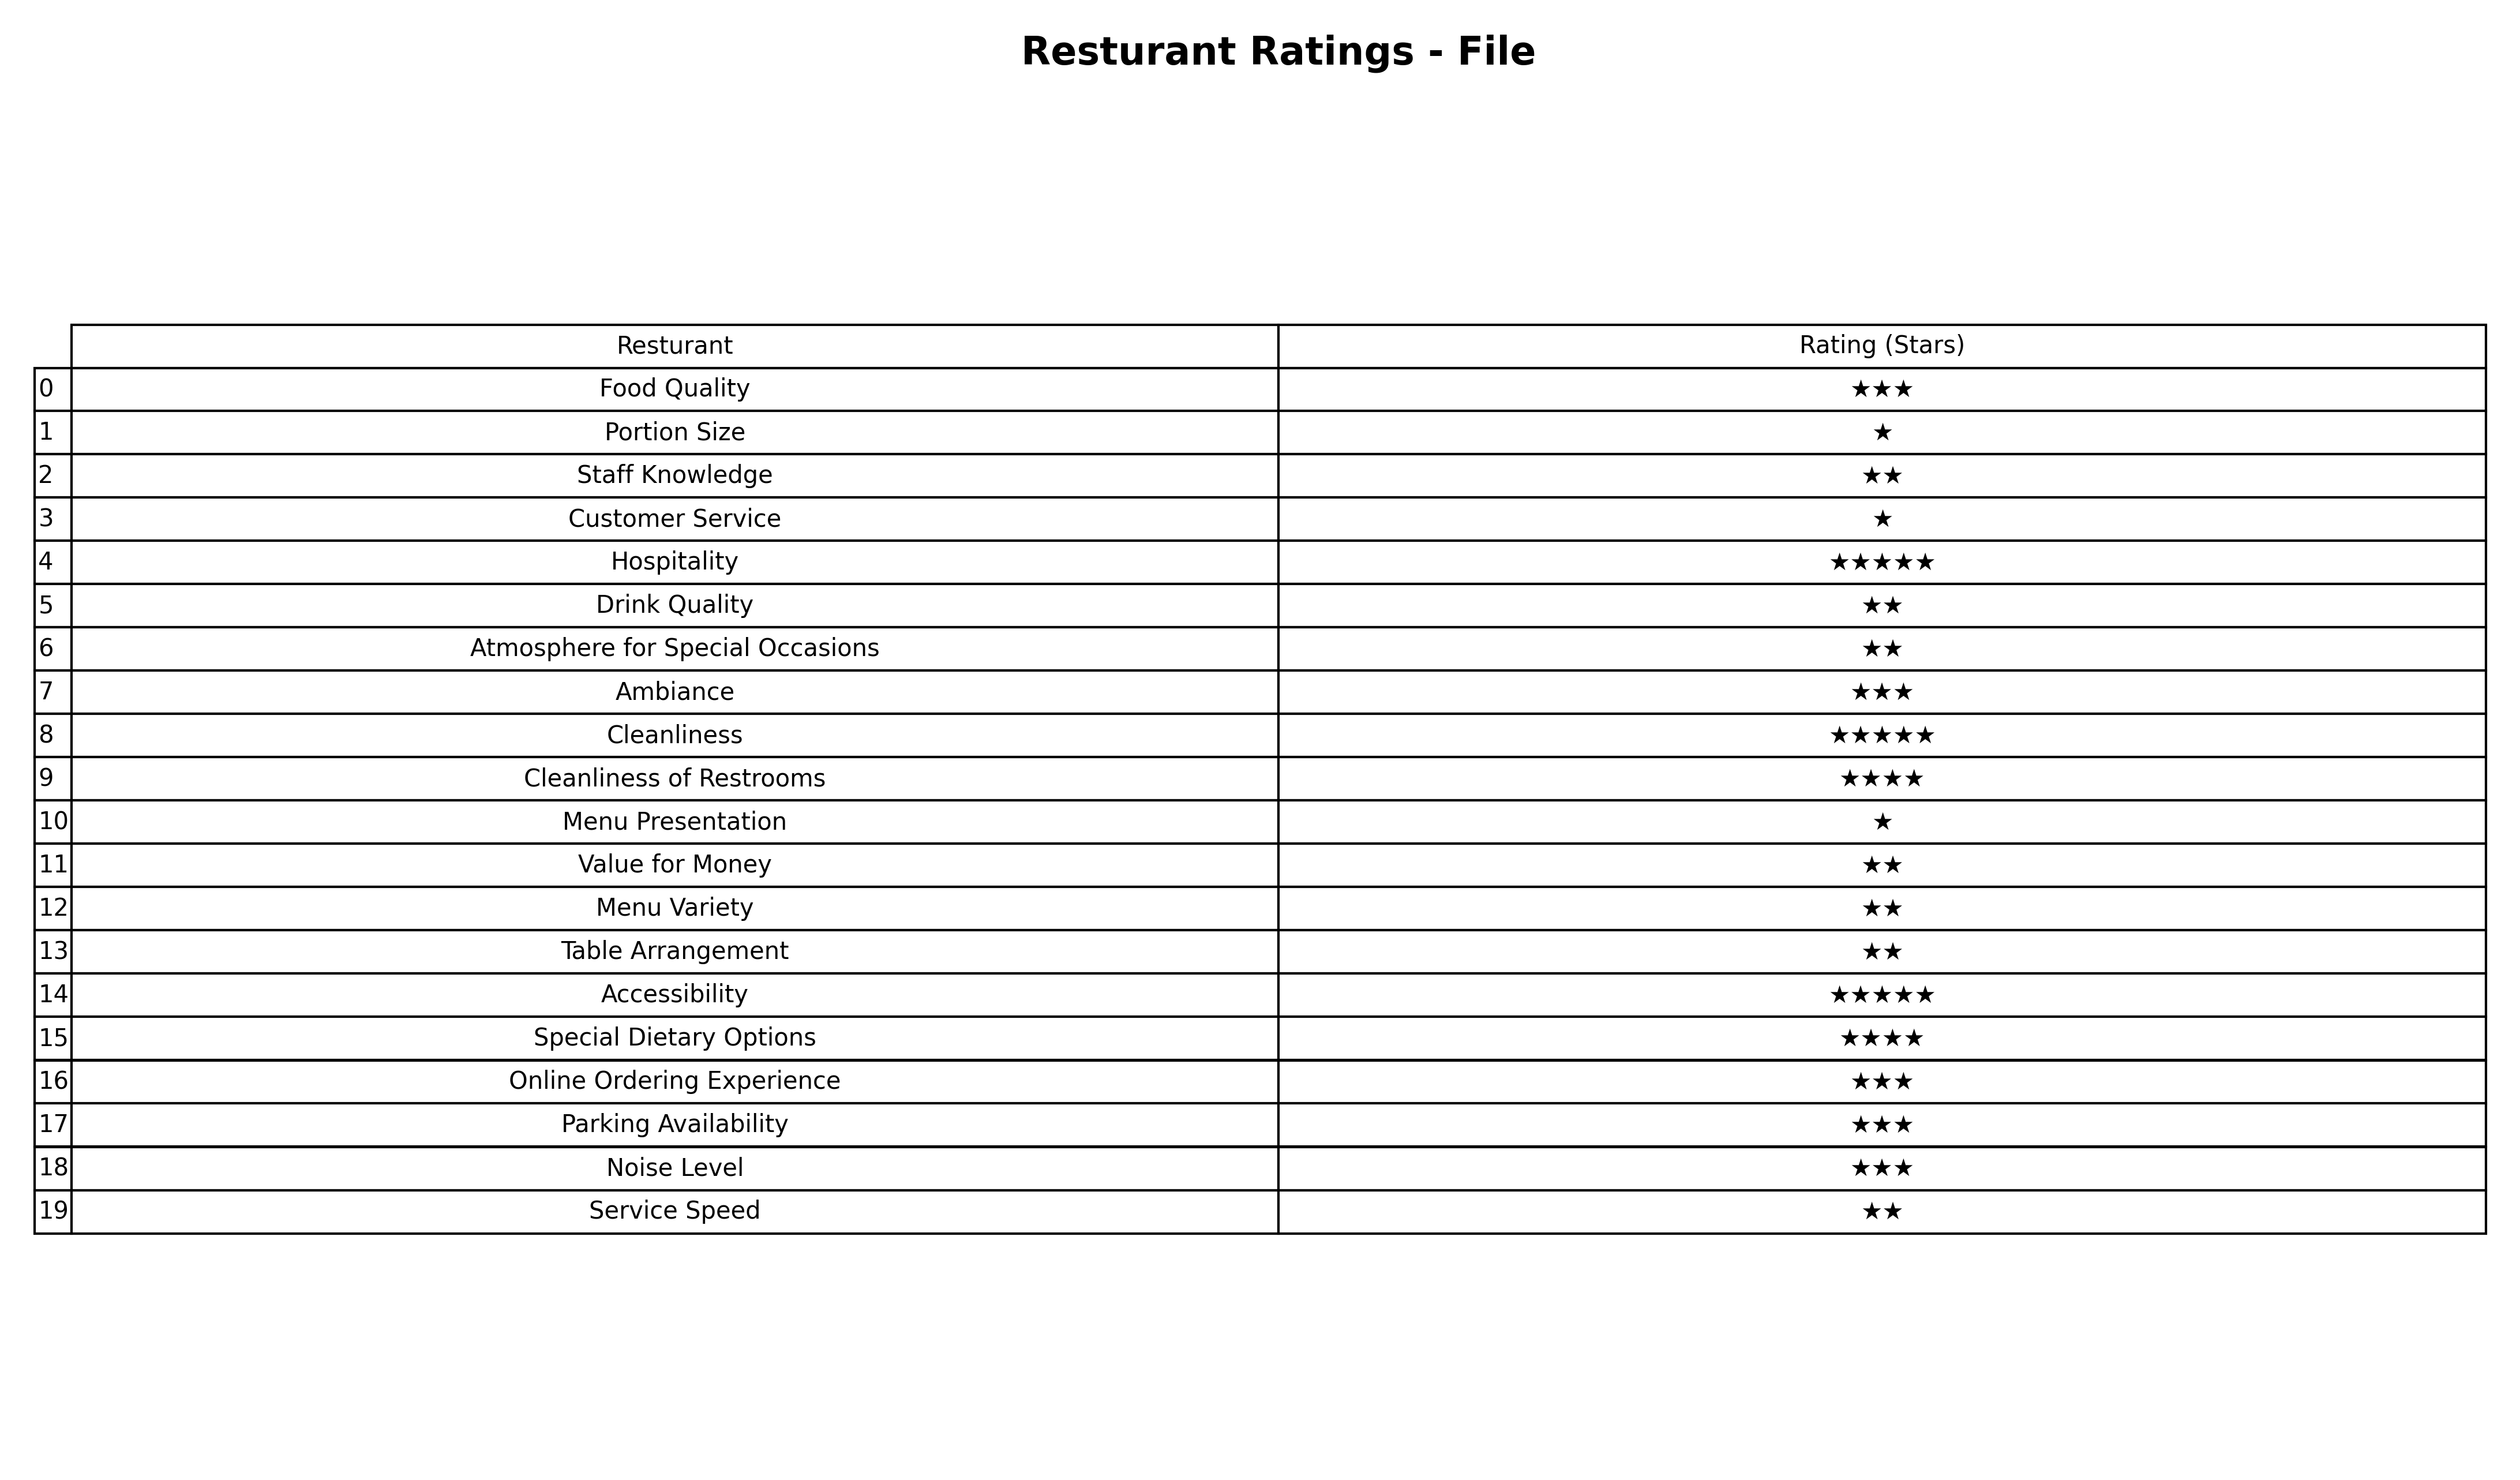
question: What are three star services?
answer: Food QualityAmbianceOnline Ordering ExperienceParking AvailabilityNoise Level